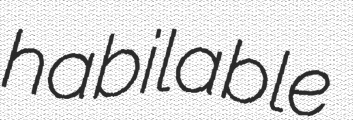
habilable